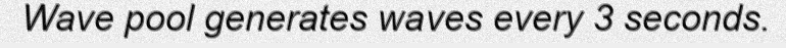
Wave pool generates waves every 3 seconds.